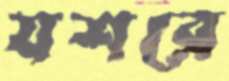
যশরে